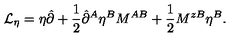
{ \cal L } _ { \eta } = \eta \hat { \partial } + \frac { 1 } { 2 } \hat { \partial } ^ { A } \eta ^ { B } M ^ { A B } + \frac { 1 } { 2 } M ^ { z B } \eta ^ { B } .